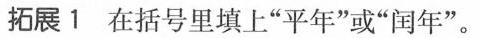
拓展1 在括号里填上”平年”或”闰年”。